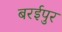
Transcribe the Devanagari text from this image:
बरईपुर